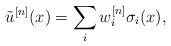
\begin{align*} \tilde{u}^{[n]}(x) = \sum_i w^{[n]}_i \sigma_i(x),\end{align*}